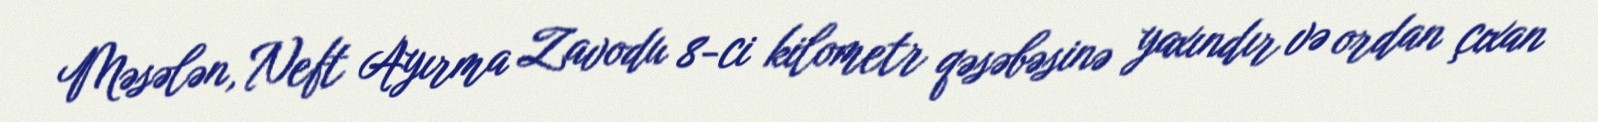
Məsələn, Neft Ayırma Zavodu 8-ci kilometr qəsəbəsinə yaxındır və ordan çıxan